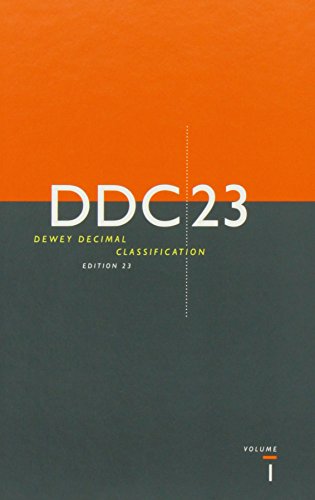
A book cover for Dewey Decimal Classification and Relative Index; Melvil Dewey; Politics & Social Sciences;